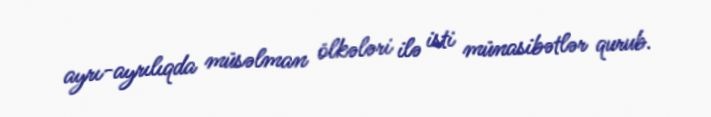
ayrı-ayrılıqda müsəlman ölkələri ilə isti münasibətlər qurub.